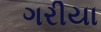
ગરીયા